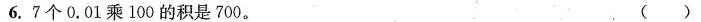
6.7个0.01乘100的积是700。 ()